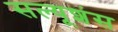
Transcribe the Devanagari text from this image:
सल्यूशंस